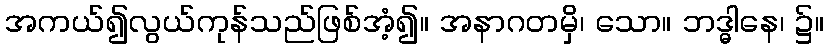
အကယ်၍လွယ်ကုန်သည်ဖြစ်အံ့၍။ အနာဂတမှိ၊ သော။ ဘဒ္ဓါနေ၊ ၌။